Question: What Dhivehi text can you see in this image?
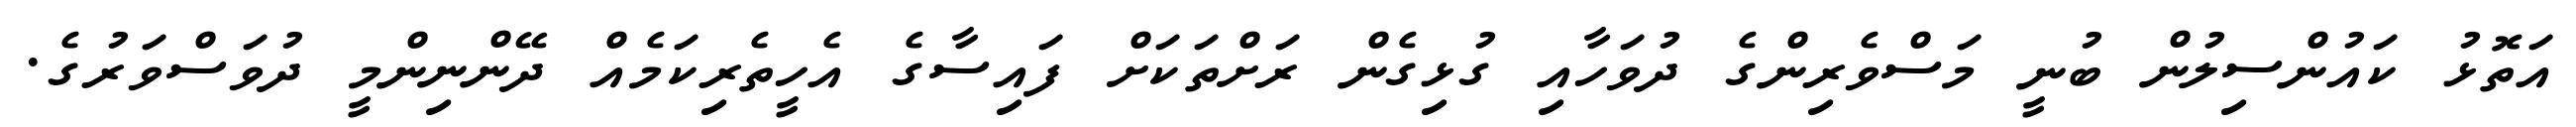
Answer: އަތޮޅު ކައުންސިލުން ބުނީ މަސްވެރިންގެ ދުވަހާއި ގުޅިގެން ރަށްތަކަށް ފައިސާގެ އެހީތެރިކަމެއް ދޭންނިންމީ ދުވަސްވަރުގެ.